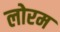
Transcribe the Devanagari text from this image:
लोरम